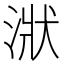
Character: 𣶍